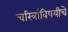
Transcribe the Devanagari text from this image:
चरित्रांविषयीचे